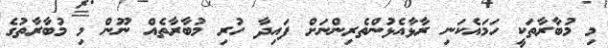
މި މުބާރާތަކީ ހަމައެކަނި ރާޅާއެޅުންތެރިންނަށް ފައިދާ ހުރި މުބާރާތެއް ނޫން މި މުބާރާތުގެ